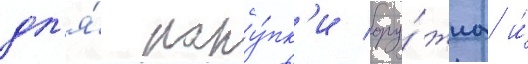
дл'я́ поку́пк'и ору́жиа и́